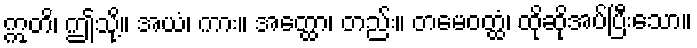
ဣတိ၊ ဤသို့။ အယံ၊ ကား။ အတ္ထော၊ တည်း။ တမေဝတ္ထံ၊ ထိုဆိုအပ်ပြီးသော။